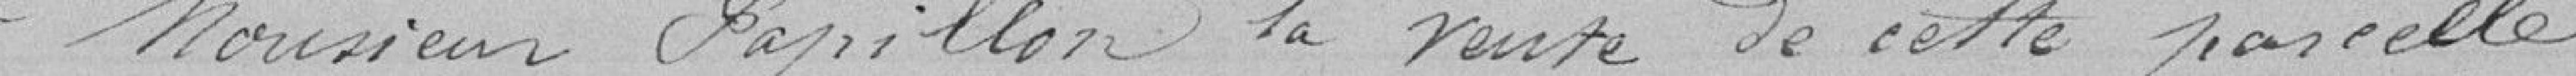
à Monsieur Papillon la vente de cette parcelle